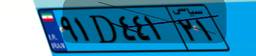
۳۰D۴۳۱۹۰